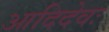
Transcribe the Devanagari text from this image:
आदिदेवः